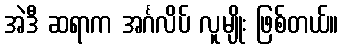
အဲဒီ ဆရာက အင်္ဂလိပ် လူမျိုး ဖြစ်တယ်။